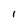
Character: I